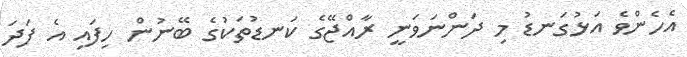
އެހެންވެ އަޅުގަނޑު މި ދަންނަވަނީ ރާއްޖޭގެ ކަނޑުތަކުގެ ބޭނުން ހިފައި އެ ފަދަ